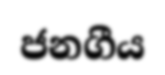
ජනගීය